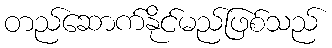
တည်ဆောက်နိုင်မည်ဖြစ်သည်